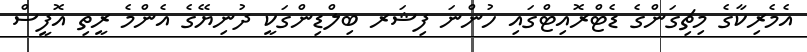
އެމެރިކާގެ މިޗިގަންގެ ޑެޓްރޮއިޓްގައި ހުންނަ ފިޝަރ ބިލްޑިންގަކީ ދުނިޔޭގެ އެންމެ ރީތި އޮފީސް